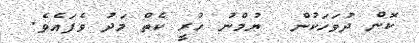
ކޮން ދުވަހަކުން  ޔުމްނު ހުރީ ކެތް މަދު ވެފައެވެ.